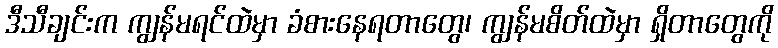
ဒီသီချင်းက ကျွန်မရင်ထဲမှာ ခံစားနေရတာတွေ၊ ကျွန်မစိတ်ထဲမှာ ရှိတာတွေကို